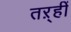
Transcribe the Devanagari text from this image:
तऱ्हीं